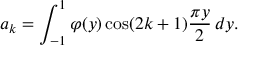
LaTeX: a _ { k } = \int _ { - 1 } ^ { 1 } \varphi ( y ) \cos ( 2 k + 1 ) { \frac { \pi y } { 2 } } \, d y .